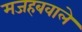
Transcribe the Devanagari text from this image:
मजहबवाले